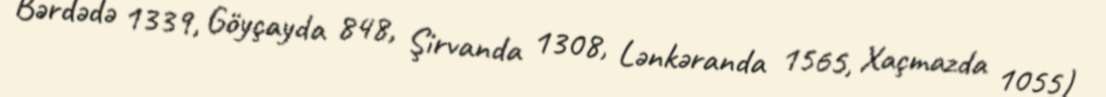
Bərdədə 1339, Göyçayda 848, Şirvanda 1308, Lənkəranda 1565, Xaçmazda 1055)